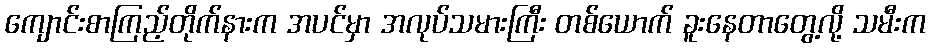
ကျောင်းစာကြည့်တိုက်နားက အပင်မှာ အလုပ်သမားကြီး တစ်ယောက် ခူးနေတာတွေ့လို့ သမီးက